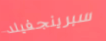
سبرينجفيلد